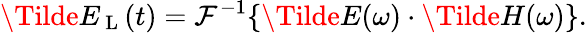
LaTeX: \Tilde{E}_{\mathrm{~L~}}(t)=\mathcal{F}^{-1}\{ \Tilde{E}(\omega)\cdot\Tilde{H}(\omega)\} .